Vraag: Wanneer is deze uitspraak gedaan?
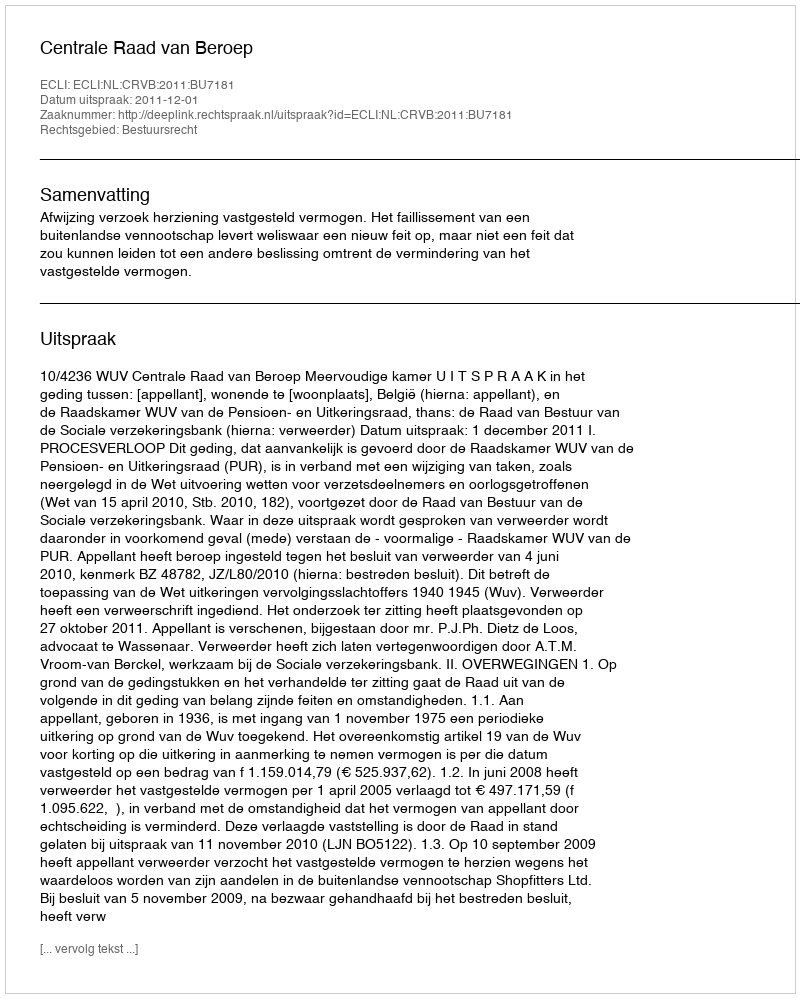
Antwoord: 2011-12-01